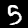
Digit: 5